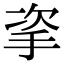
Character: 𢫴